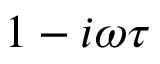
1 - i \omega \tau